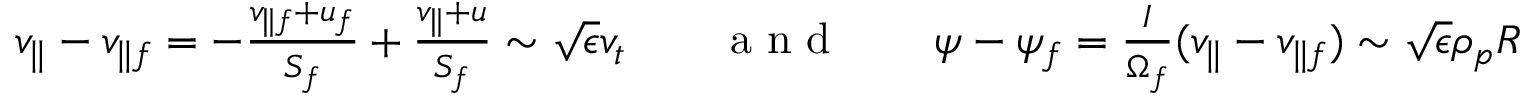
\begin{array} { r l r l r } { v _ { \parallel } - v _ { \parallel f } = - \frac { v _ { \parallel f } + u _ { f } } { S _ { f } } + \frac { v _ { \parallel } + u } { S _ { f } } \sim \sqrt { \epsilon } v _ { t } } & { { } } & { \mathrm { ~ a ~ n ~ d ~ } } & { { } } & { \psi - \psi _ { f } = \frac { I } { \Omega _ { f } } ( v _ { \parallel } - v _ { \parallel f } ) \sim \sqrt { \epsilon } \rho _ { p } R B _ { p } , } \end{array}